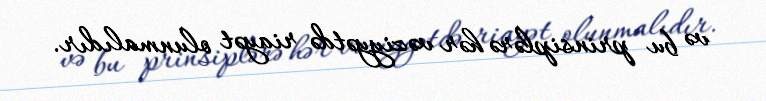
və bu prinsiplərə hər vəziyyətdə riayət olunmalıdır.